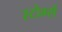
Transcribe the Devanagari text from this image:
स्टोर्म्स